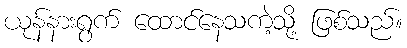
ယုန်နားရွက် ထောင်နေသကဲ့သို့ ဖြစ်သည်။